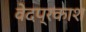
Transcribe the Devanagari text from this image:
वेदप्रकाश